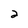
Character: 2